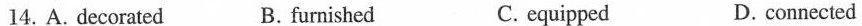
14.A.decorated B. furnished C. equipped D.connected